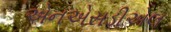
એનએસડીએલ